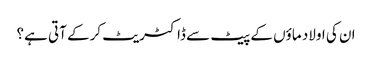
ان کی اولاد ماؤں کے پیٹ سے ڈاکٹریٹ کرکے آتی ہے؟